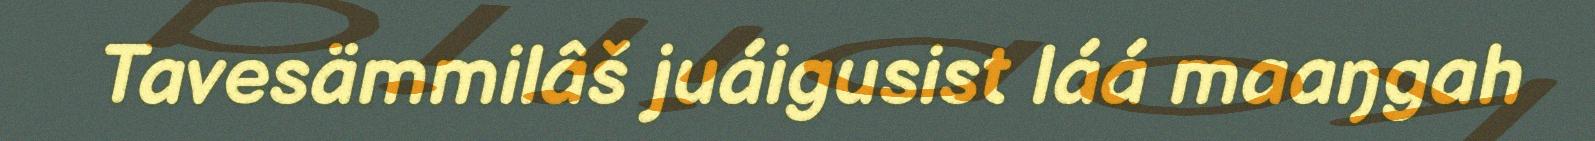
Tavesämmilâš juáigusist láá maaŋgah